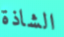
الشاذة